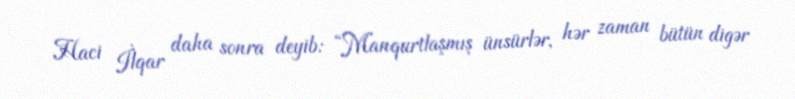
Haci İlqar daha sonra deyib: “Manqurtlaşmış ünsürlər, hər zaman bütün digər